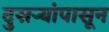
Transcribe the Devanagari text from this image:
दुसऱ्यांपासून